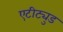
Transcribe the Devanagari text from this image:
एटीट्युड